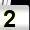
Digit: 2